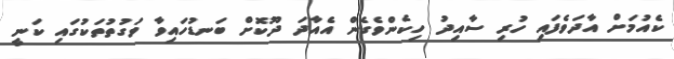
ކެއުމަށް އާދަވެފައި ހުރި ސާއިދު ހިކެންވެގެން އެއާދަ ދޫކޮށް ބަނޑުހައިވާ ވަގުތުތަކުގައި ކަނީ